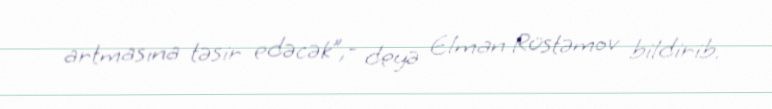
artmasına təsir edəcək”,- deyə Elman Rüstəmov bildirib.